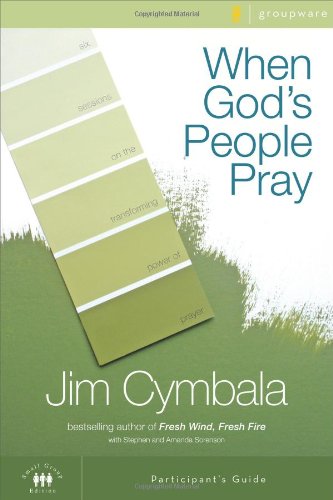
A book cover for When God's People Pray Participant's Guide: Six Sessions on the Transforming Power of Prayer (Zondervangroupware(tm) Small Group Edition); Jim Cymbala; Christian Books & Bibles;